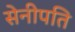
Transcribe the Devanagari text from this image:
सेनीपति